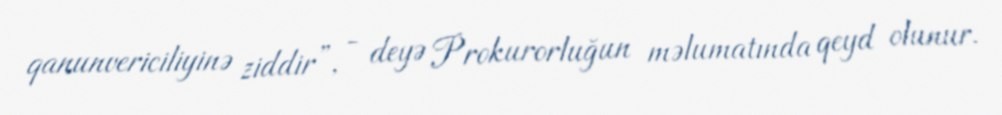
qanunvericiliyinə ziddir”, - deyə Prokurorluğun məlumatında qeyd olunur.